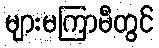
များမကြာမီတွင်